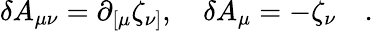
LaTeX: \delta A_{\mu\nu}=\partial_{[\mu}\zeta_{\nu]},\quad\delta A_{\mu}=-\zeta_{\nu}\quad.